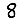
Digit: 8